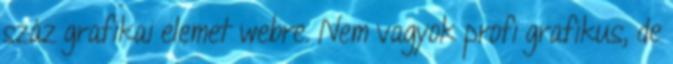
száz grafikai elemet webre. Nem vagyok profi grafikus, de